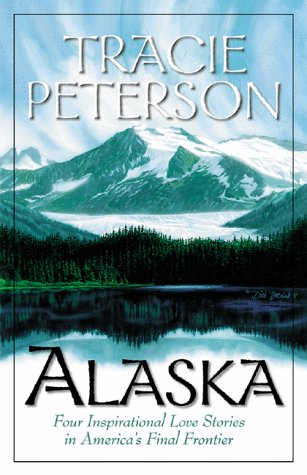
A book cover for Alaska: Four Inspirational Love Stories from America's Final Frontier; Tracie Peterson; Religion & Spirituality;